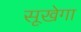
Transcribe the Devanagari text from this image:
सूखेगा